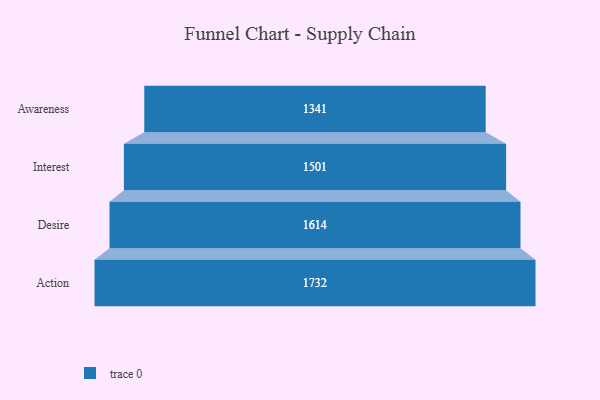
{"axis": {"x": "Stage", "y": "Value"}, "legend": [""], "data": [{"x": "Awareness", "y": 1341.0, "type": ""}, {"x": "Interest", "y": 1501.0, "type": ""}, {"x": "Desire", "y": 1614.0, "type": ""}, {"x": "Action", "y": 1732.0, "type": ""}]}